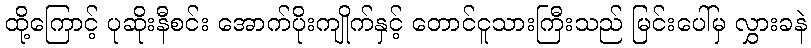
ထို့ကြောင့် ပုဆိုးနီစင်း အောက်ပိုးကျိုက်နှင့် တောင်ငူသားကြီးသည် မြင်းပေါ်မှ လွှားခနဲ